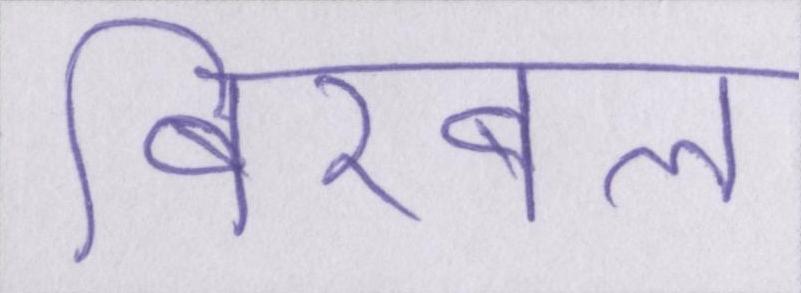
बीरबल